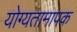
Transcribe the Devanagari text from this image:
योग्यतामापक